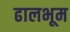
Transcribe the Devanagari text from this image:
ढालभूम